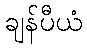
ချန်ပီယံ